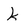
Character: k